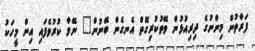
ފަރާތުން މިންނުގެ ދިރިއުޅުން ވޭތުކުރިގޮތް އެނގެން ބޭނުން" ނޭވާ ކުރުވެފައި އިން މީހަކު